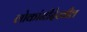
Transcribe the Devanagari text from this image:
लोकांनीदेखील